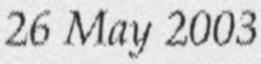
26 May 2003